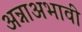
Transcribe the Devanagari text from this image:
अन्नाअभावी